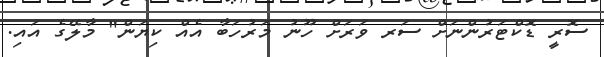
ސޮރީ ޑޮކްޓަރުންނަށް ސަރ ވަރަށް ހޫނު މަރުހަބާ އެއް ކިޔަން" މާލޭގެ އައި.